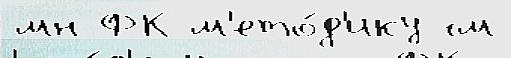
мн ФК м'ето́д'ику см